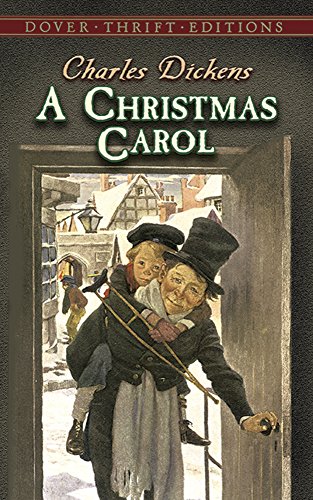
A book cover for A Christmas Carol (Dover Thrift Editions); Charles Dickens; Christian Books & Bibles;